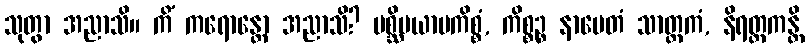
သုတွာ အညာသိ။ ကိံ ကရောန္တော အညာသိ? ပစ္ဆိမယာမကိစ္စံ, ကိစ္စဉ္စ နာမေတံ သာတ္ထကံ, နိရတ္ထကန္တိ